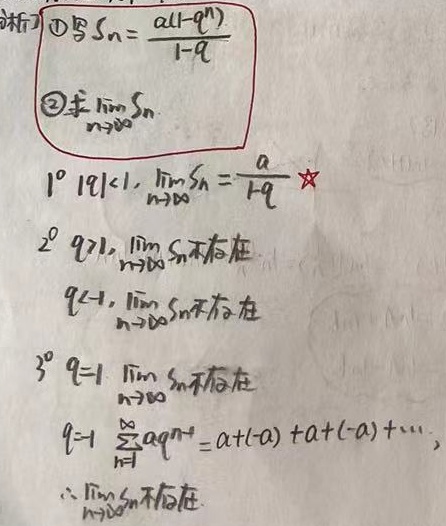
1. \textcircled{1} 写 \(S_{n}=\frac{a(1 - q^{n})}{1 - q}\)
2. \textcircled{2} 求 \(\lim_{n\rightarrow\infty}S_{n}\)
   - \(1^{\circ}\) \(|q|\lt1\)，\(\lim_{n\rightarrow\infty}S_{n}=\frac{a}{1 - q}\) ★
   - \(2^{\circ}\) \(q\gt1\)，\(\lim_{n\rightarrow\infty}S_{n}\) 不存在
   - \(q\lt - 1\)，\(\lim_{n\rightarrow\infty}S_{n}\) 不存在
   - \(3^{\circ}\) \(q = 1\)，\(\lim_{n\rightarrow\infty}S_{n}\) 不存在
   - \(q=-1\)，\(\sum_{n = 1}^{\infty}aq^{n - 1}=a+( - a)+a+( - a)+\cdots\)，\(\therefore\lim_{n\rightarrow\infty}S_{n}\) 不存在